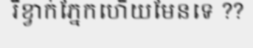
រឺខ្វាក់ភ្នែកហើយមែនទេ ??